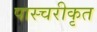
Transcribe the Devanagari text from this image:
पास्चरीकृत